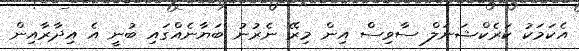
އެކަމަކު ކަރެކްޝަނަލް ސާވިސް އިން މިރޭ ނެރުނު ބަޔާނެއްގައި ބުނީ އެ އިދާރާއިން